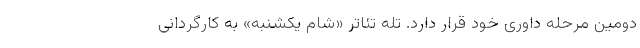
دومین مرحله داوری خود قرار دارد. تله تئاتر «شام یکشنبه» به کارگردانی